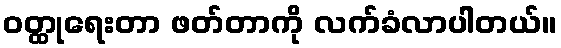
ဝတ္ထုရေးတာ ဖတ်တာကို လက်ခံလာပါတယ်။